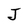
Character: J